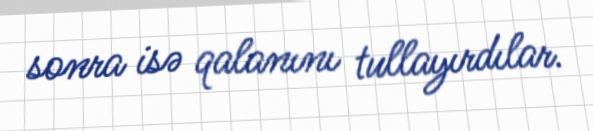
sonra isə qalanını tullayırdılar.